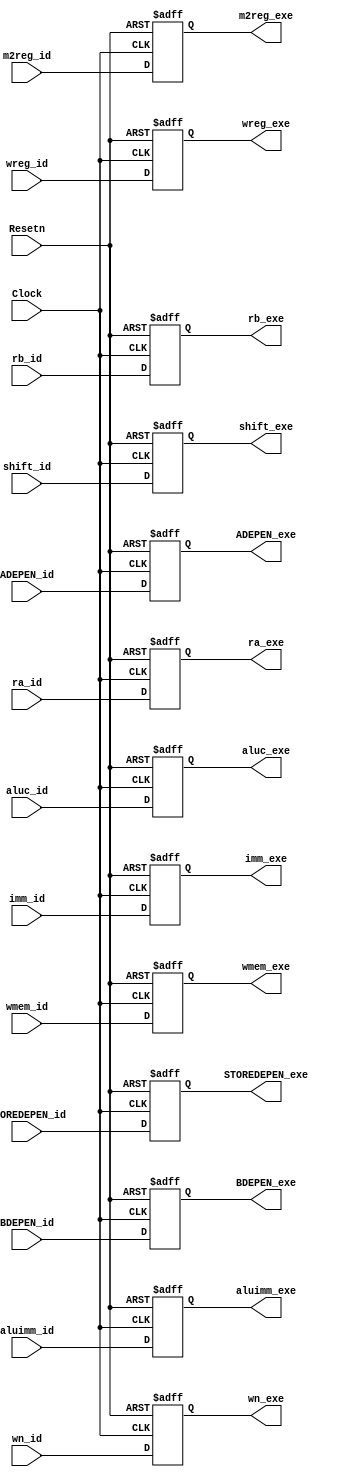
`timescale 1ns / 1ps
//////////////////////////////////////////////////////////////////////////////////
// Company: 
// Engineer: 
// 
// Design Name: 
// Module Name:    Link23 
// Project Name: 
// Target Devices: 
// Tool versions: 
// Description: 
//
// Dependencies: 
//
// Revision: 
// Revision 0.01 - File Created
// Additional Comments: 
//
//////////////////////////////////////////////////////////////////////////////////
module Link23(
	aluc_id, aluimm_id, ra_id, rb_id, imm_id, shift_id, m2reg_id, wmem_id, wn_id, wreg_id, ADEPEN_id, BDEPEN_id, STOREDEPEN_id,
	aluc_exe, aluimm_exe, ra_exe, rb_exe, imm_exe, shift_exe, m2reg_exe, wmem_exe, wn_exe, wreg_exe, ADEPEN_exe, BDEPEN_exe, STOREDEPEN_exe,
	Clock, Resetn
);
	input Clock, Resetn;
	input [2:0] aluc_id;
	input aluimm_id, shift_id, m2reg_id, wmem_id, wreg_id;
	input [4:0] wn_id;
	input [31:0] ra_id, rb_id, imm_id;
    input [1:0] ADEPEN_id, BDEPEN_id, STOREDEPEN_id;
	output [2:0] aluc_exe;
	output aluimm_exe, shift_exe, m2reg_exe, wmem_exe, wreg_exe;
	output [4:0] wn_exe;
	output [31:0] ra_exe, rb_exe, imm_exe;
    output [1:0] ADEPEN_exe, BDEPEN_exe, STOREDEPEN_exe;
	
	reg [2:0] aluc_exe;
	reg aluimm_exe, shift_exe, m2reg_exe, wmem_exe, wreg_exe;
	reg [4:0] wn_exe;
	reg [31:0] ra_exe, rb_exe, imm_exe;
    reg [1:0] ADEPEN_exe, BDEPEN_exe, STOREDEPEN_exe;
	
	always @ (posedge Clock or negedge Resetn) begin
		if (Resetn == 0) begin
			aluc_exe <= 0;
			aluimm_exe <= 0;
			ra_exe <= 0;
			rb_exe <= 0;
			imm_exe <= 0;
			shift_exe <= 0;
			m2reg_exe <= 0;
			wmem_exe <= 0;
			wn_exe <= 0;
			wreg_exe <= 0;
            ADEPEN_exe <= 0;
            BDEPEN_exe <= 0;
            STOREDEPEN_exe <= 0;
		end
		else begin
			aluc_exe <= aluc_id;
			aluimm_exe <= aluimm_id;
			ra_exe <= ra_id;
			rb_exe <= rb_id;
			imm_exe <= imm_id;
			shift_exe <= shift_id;
			m2reg_exe <= m2reg_id;
			wmem_exe <= wmem_id;
			wn_exe <= wn_id;
			wreg_exe <= wreg_id;
            ADEPEN_exe <= ADEPEN_id;
            BDEPEN_exe <= BDEPEN_id;
            STOREDEPEN_exe <= STOREDEPEN_id;
		end
	end

endmodule